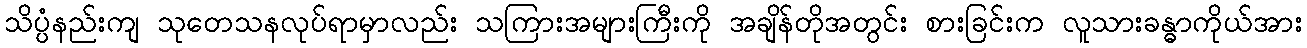
သိပ္ပံနည်းကျ သုတေသနလုပ်ရာမှာလည်း သကြားအများကြီးကို အချိန်တိုအတွင်း စားခြင်းက လူသားခန္ဓာကိုယ်အား